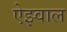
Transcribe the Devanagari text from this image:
ऐझ्वाल